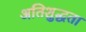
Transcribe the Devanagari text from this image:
अतिशुद्धता